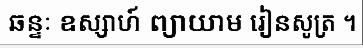
ឆន្ទៈ ឧស្សាហ៍ ព្យាយាម រៀនសូត្រ ។